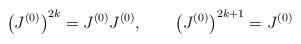
LaTeX: \begin{align*}\left(J^{(0)}\right)^{2k} = J^{(0)} J^{(0)}, \qquad\left(J^{(0)}\right)^{2k+1} = J^{(0)}\end{align*}